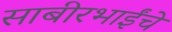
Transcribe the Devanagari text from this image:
साबीरभाईंचे